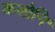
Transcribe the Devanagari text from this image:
कलोनि